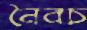
নৈবচ